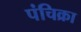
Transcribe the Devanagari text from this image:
पंचिक्रा